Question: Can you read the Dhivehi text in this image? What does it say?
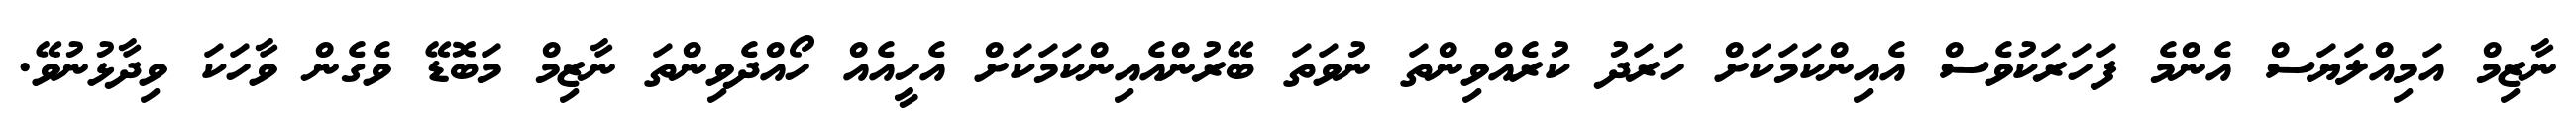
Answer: ނާޒިމް އަމިއްލަޔަސް އެންމެ ފަހަރަކުވެސް އެއިންކަމަކަށް ހަރަދު ކުރެއްވިންތަ ނުވަތަ ބޭރުންއެއިންކަމަކަށް އެހީއެއް ހޯއްދެވިންތަ ނާޒިމް މަބޮޑޭ ވެގެން ވާހަކަ ވިދާޅުނުވޭ.